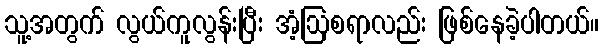
သူ့အတွက် လွယ်ကူလွန်းပြီး အံ့ဩစရာလည်း ဖြစ်နေခဲ့ပါတယ်။